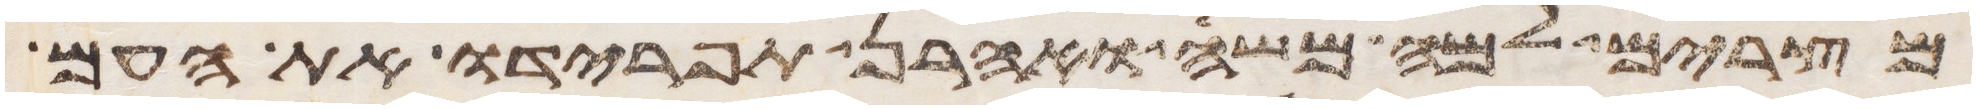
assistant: מצרים למה משה ואהרן תפרידו את העם